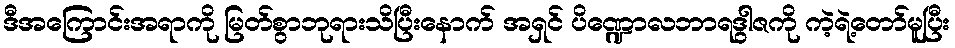
ဒီအကြောင်းအရာကို မြတ်စွာဘုရားသိပြီးနောက် အရှင် ပိဏ္ဍောလဘာရဒွါဇကို ကဲ့ရဲ့တော်မူပြီး